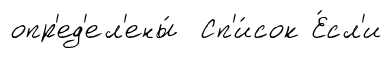
опр'ед'ел'ены́ Сп'и́сок Е́сл'и